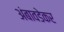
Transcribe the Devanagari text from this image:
अंबावडेकर